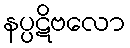
နပ္ပဋိဗလော